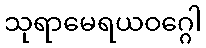
သုရာမေရယဝဂ္ဂေါ